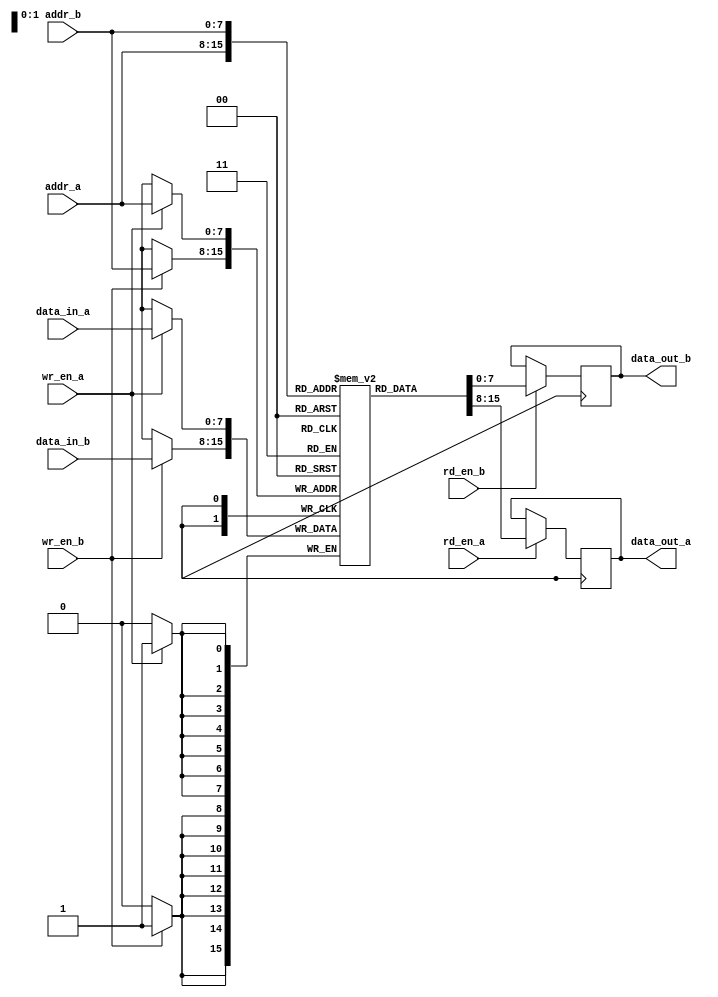
module dual_port_ram (
    input wr_en_a,
    input wr_en_b,
    input rd_en_a,
    input rd_en_b,
    input [7:0] addr_a,
    input [7:0] addr_b,
    input [7:0] data_in_a,
    input [7:0] data_in_b,
    output reg [7:0] data_out_a,
    output reg [7:0] data_out_b
);

reg [7:0] memory [0:255];

always @ (posedge clk) begin
    if (wr_en_a)
        memory[addr_a] <= data_in_a;
    if (wr_en_b)
        memory[addr_b] <= data_in_b;
    
    if (rd_en_a)
        data_out_a <= memory[addr_a];
    if (rd_en_b)
        data_out_b <= memory[addr_b];
end

endmodule